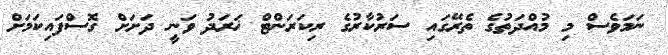
ނަމަވެސް މި މުއްދަތުގެ ތެރޭގައި ސަރުކާރުގެ ރިކަރަންޓް ޚަރަދު ވަނީ ދަށަށް ގޮސްފައިކަމަށް